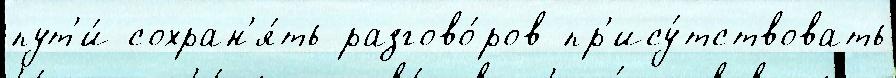
пут'и́ сохран'я́ть разгово́ров пр'ису́тствовать